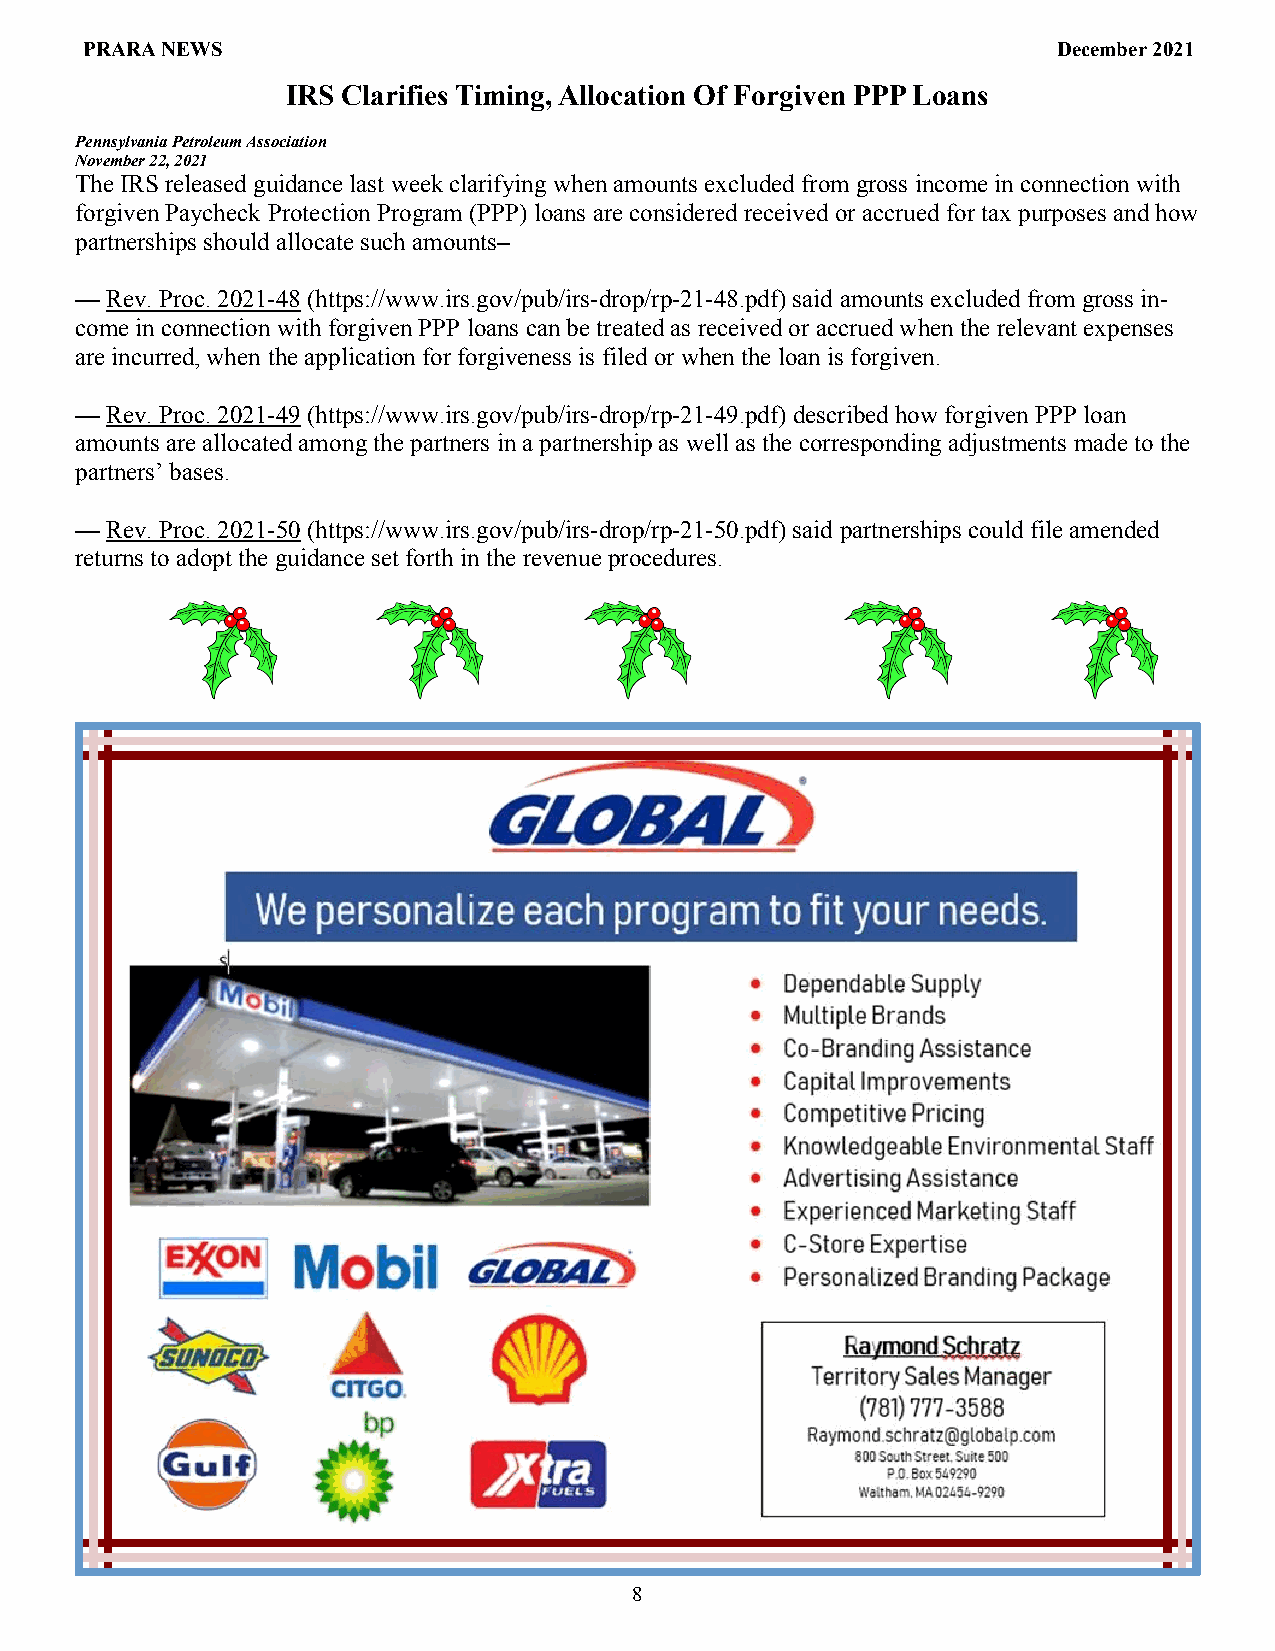
PRARA NEWS                                                       December 2021
 IRS Clarifies Timing, Allocation Of Forgiven PPP Loans
 Pennsylvania Petroleum Association
 November 22, 2021
 The IRS released guidance last week clarifying when amounts excluded from gross income in connection with
 forgiven Paycheck Protection Program (PPP) loans are considered received or accrued for tax purposes and how
 partnerships should allocate such amounts–
 — Rev. Proc. 2021-48 (https://www.irs.gov/pub/irs-drop/rp-21-48.pdf) said amounts excluded from gross in-
 come in connection with forgiven PPP loans can be treated as received or accrued when the relevant expenses
 are incurred, when the application for forgiveness is filed or when the loan is forgiven.
 — Rev. Proc. 2021-49 (https://www.irs.gov/pub/irs-drop/rp-21-49.pdf) described how forgiven PPP loan
 amounts are allocated among the partners in a partnership as well as the corresponding adjustments made to the
 partners’ bases.
 — Rev. Proc. 2021-50 (https://www.irs.gov/pub/irs-drop/rp-21-50.pdf) said partnerships could file amended
 returns to adopt the guidance set forth in the revenue procedures.
 8